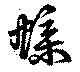
蝶